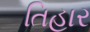
તિહાર